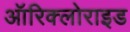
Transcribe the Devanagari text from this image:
ऑरिक्लोराइड